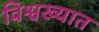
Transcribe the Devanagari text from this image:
विश्वख्यात